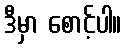
ဒီမှာ စောင့်ပါ။